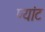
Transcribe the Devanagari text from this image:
प्यांट